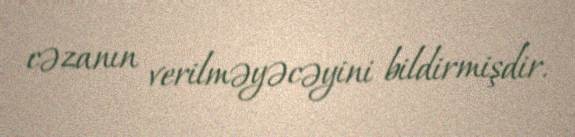
cəzanın verilməyəcəyini bildirmişdir.